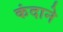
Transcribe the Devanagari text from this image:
कंदाने